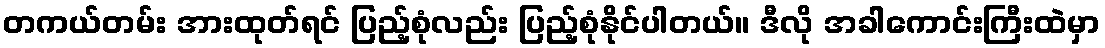
တကယ်တမ်း အားထုတ်ရင် ပြည့်စုံလည်း ပြည့်စုံနိုင်ပါတယ်။ ဒီလို အခါကောင်းကြီးထဲမှာ